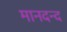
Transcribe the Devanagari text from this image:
मानदन्द